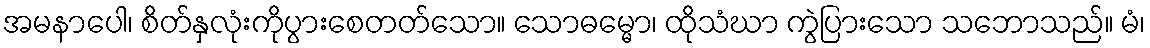
အမနာပေါ၊ စိတ်နှလုံးကိုပွားစေတတ်သော။ သောဓမ္မော၊ ထိုသံဃာ ကွဲပြားသော သဘောသည်။ မံ၊